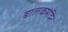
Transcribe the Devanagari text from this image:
बालकमंदिर